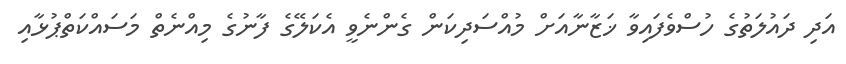
އަދި ދައުލަތުގެ ހުސްވެފައިވާ ޚަޒާނާއަށް މުއްސަދިކަން ގެންނެވީ އެކަލޭގެ ފާނުގެ މިއްނެތް މަސައްކަތްޕުޅާއި